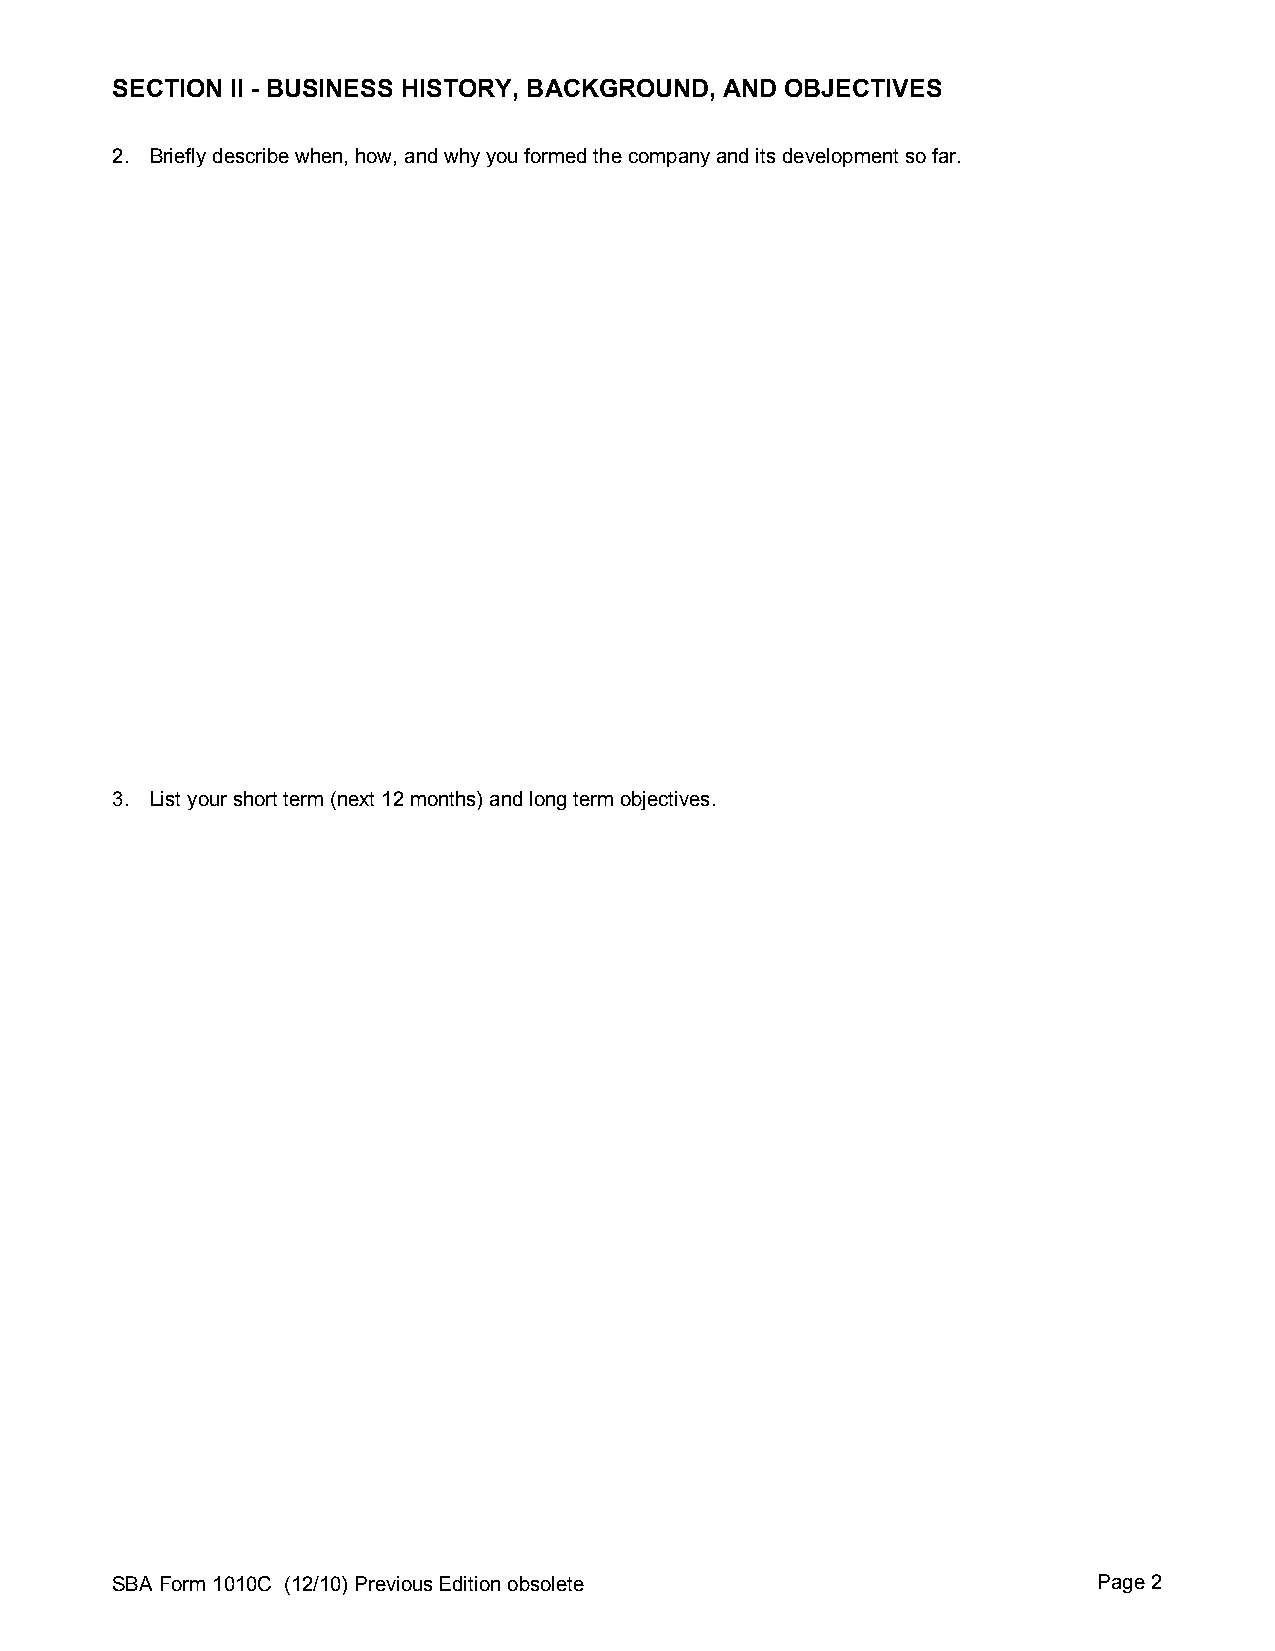
SECTION II - BUSINESS HISTORY, BACKGROUND, AND OBJECTIVES
 2. Briefly describe when, how, and why you formed the company and its development so far.
 3. List your short term (next 12 months) and long term objectives.
 SBA Form 1010C (12/10) Previous Edition obsolete                  Page 2